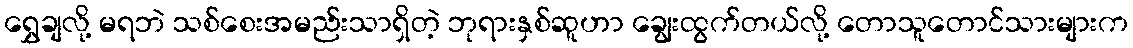
ရွှေချလို့ မရဘဲ သစ်စေးအမည်းသာရှိတဲ့ ဘုရားနှစ်ဆူဟာ ချွေးထွက်တယ်လို့ တောသူတောင်သားများက